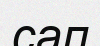
сап